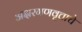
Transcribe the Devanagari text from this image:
अक्षरगणवृत्ताचे